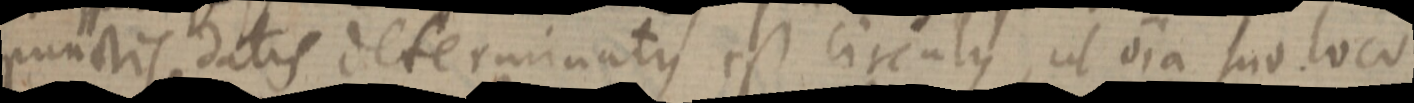
punctis datis determinatus est circulus, ut via suo loco